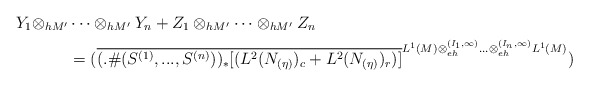
\begin{align*}Y_1\otimes_{h M'}&\cdots \otimes_{h M'} Y_n+Z_1\otimes_{h M'}\cdots \otimes_{h M'} Z_n\\&=(\overline{(.\#(S^{(1)},...,S^{(n)}))_*[(L^2(N_{(\eta)})_c+ L^2(N_{(\eta)})_r)]}^{ L^1(M)\otimes_{eh}^{(I_1,\infty)}... \otimes_{eh}^{(I_n,\infty)}L^1(M)})\end{align*}